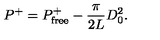
P ^ { + } = P _ { \mathrm { f r e e } } ^ { + } - { \frac { \pi } { 2 L } } D _ { 0 } ^ { 2 } .